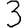
Digit: 3